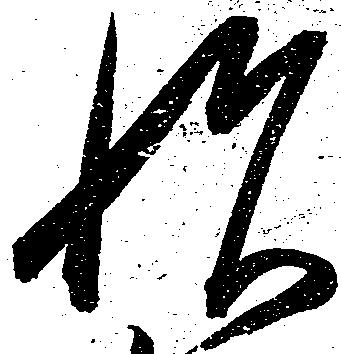
悦